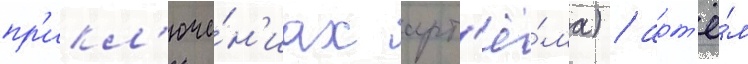
пр'икл'юче́н'иах арт'ё́ма) / арт'ё́м